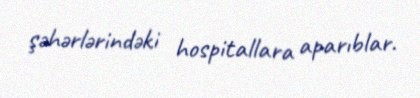
şəhərlərindəki hospitallara aparıblar.